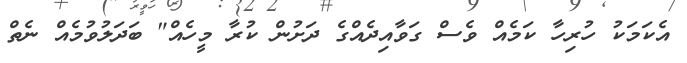
އެކަމަކު ހުރިހާ ކަމެއް ވެސް ގަވާއިދެއްގެ ދަށުން ކުރާ މީހެއް" ބަދަލުވުމެއް ނެތް